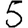
Digit: 5